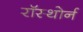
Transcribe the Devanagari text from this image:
रॉस्थोर्न